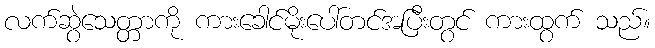
လက်ဆွဲသေတ္တာကို ကားခေါင်မိုးပေါ်တင်အပြီးတွင် ကားထွက် သည်။